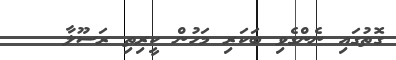
ގޮތުގައި ނެންގެވި ބަކަރި މަހުން ކީރިތި ރަސޫލާ